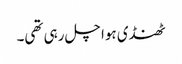
ٹھنڈی ہوا چل رہی تھی۔